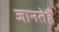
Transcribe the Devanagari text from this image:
जानतेहैं